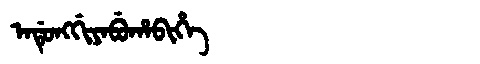
Manchu: ᠠᡩᡠᠩᡤᡳᠶᠠᠪᡠᡥᠠᠪᡳᡥᡝ
Romanization: ADUNGGIYABUHABIHE